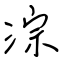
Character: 淙